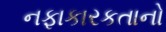
નફાકારકતાનો